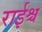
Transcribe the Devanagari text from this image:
राईश्च